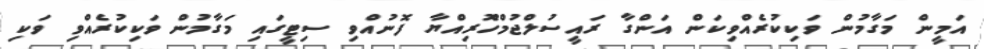
އަމީން މަގާމުން ވަކިކުރެއްވިކަން އަންގާ ރައީސުލްޖުމްހޫެރިއްޔާ ފޮނުއްވި ސިޓީގައި މަގާމުން ވަކިކުރެއްވި ވަކި